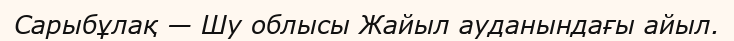
Сарыбұлақ — Шу облысы Жайыл ауданындағы айыл.